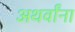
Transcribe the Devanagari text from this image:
अथर्वांना